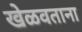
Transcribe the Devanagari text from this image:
खेळवताना